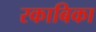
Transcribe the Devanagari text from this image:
रकाबिका